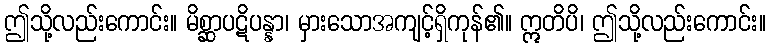
ဤသို့လည်းကောင်း။ မိစ္ဆာပဋိပန္နာ၊ မှားသောအကျင့်ရှိကုန်၏။ ဣတိပိ၊ ဤသို့လည်းကောင်း။